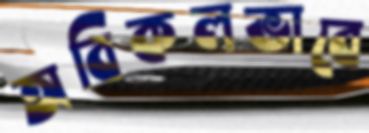
অবিকলভাবে